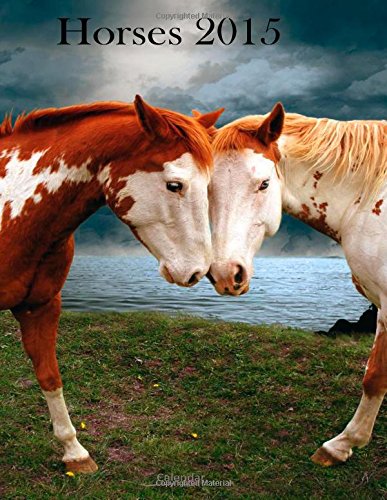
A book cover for Horses 2015 Calendar; 2015 Calendars; Calendars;